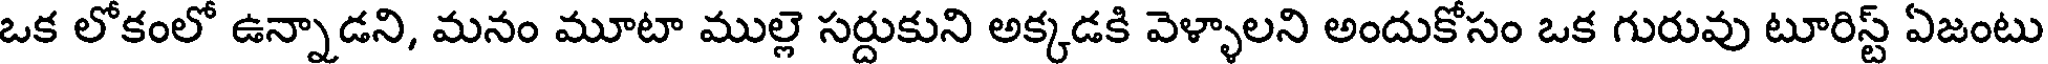
ఒక లోకంలో ఉన్నాడని, మనం మూటా ముల్లె సర్దుకుని అక్కడకి వెళ్ళాలని అందుకోసం ఒక గురువు టూరిస్ట్ ఏజంటు